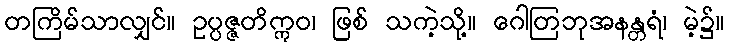
တကြိမ်သာလျှင်။ ဥပ္ပဇ္ဇတိဣဝ၊ ဖြစ် သကဲ့သို့။ ဂေါတြဘုအနန္တရံ၊ မဲ့၌။